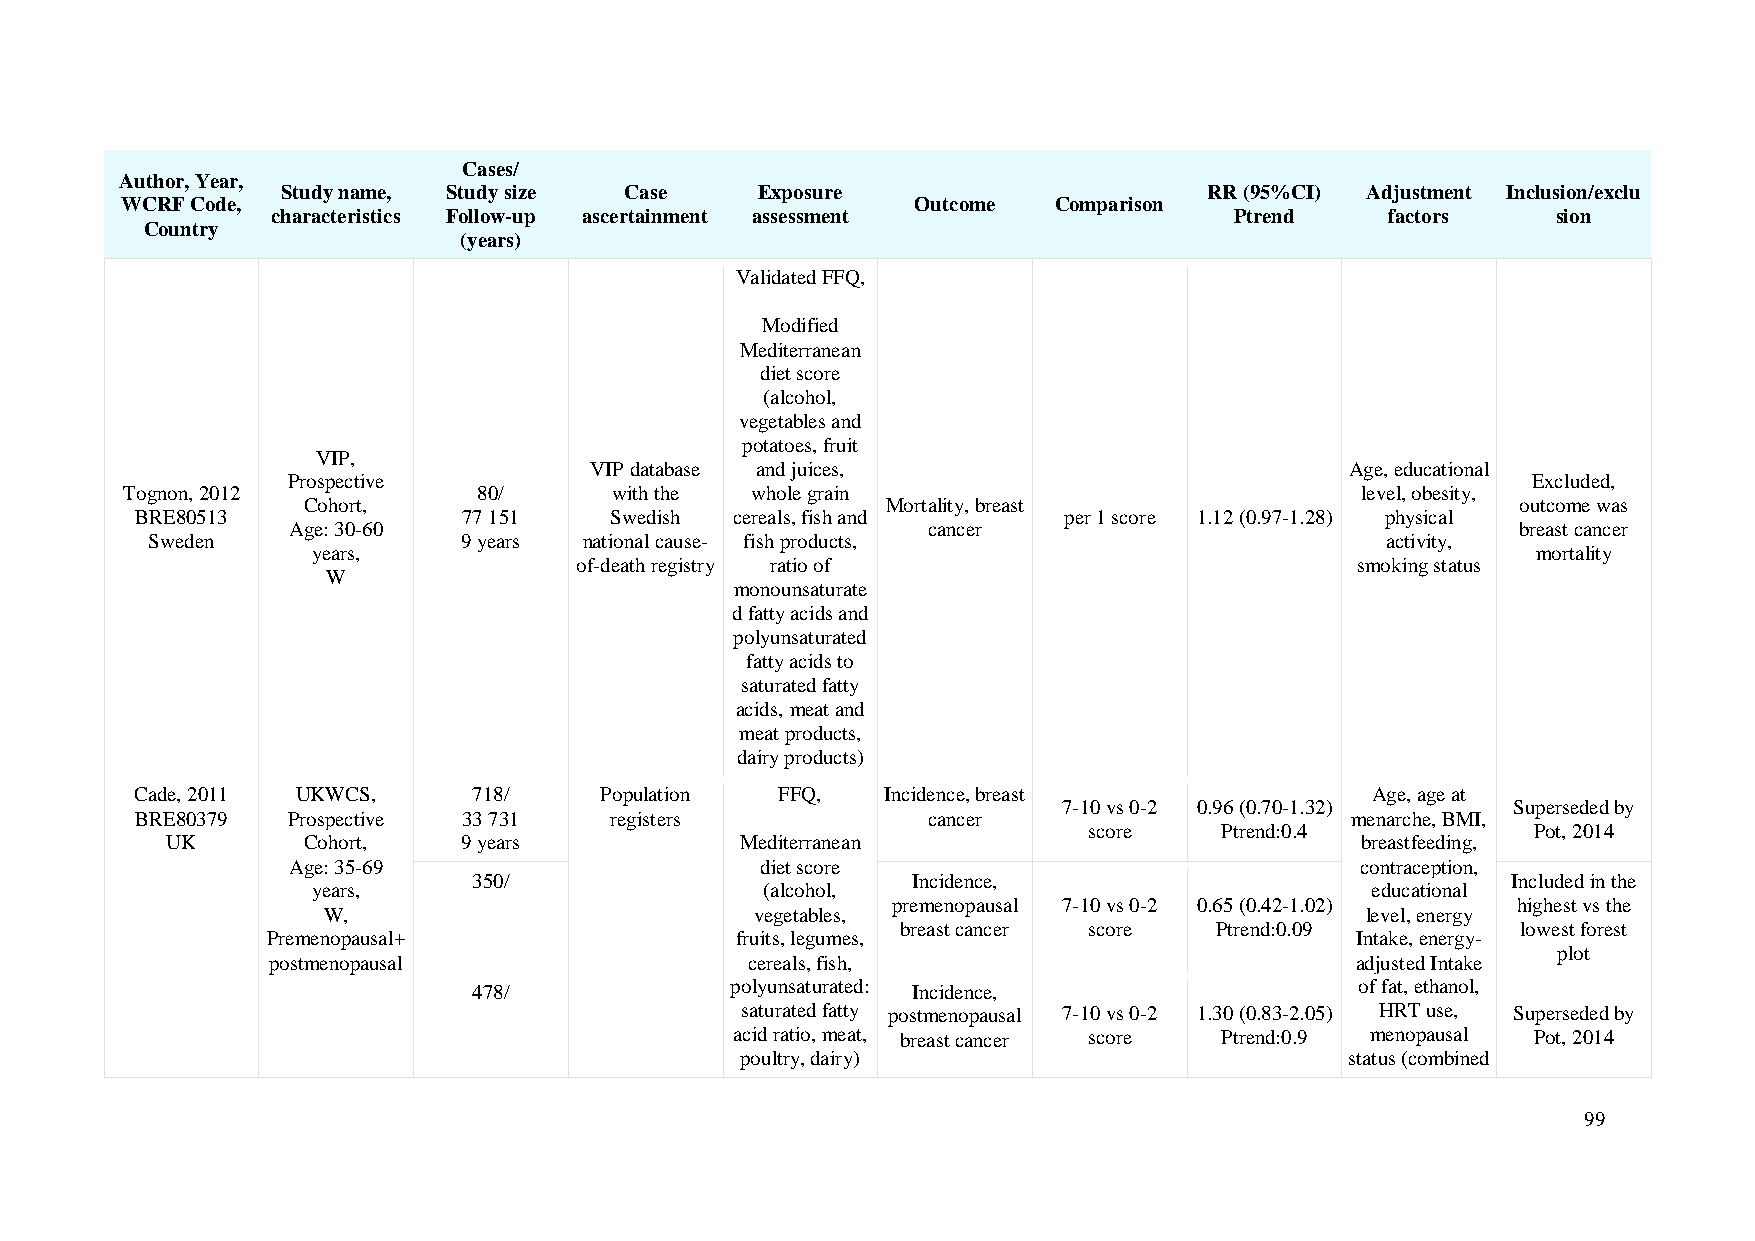
Cases/
 Author, Year,
 Study name, Study size Case    Exposure                      RR (95%CI) Adjustment Inclusion/exclu
 WCRF Code,                                           Outcome  Comparison
 characteristics Follow-up ascertainment assessment              Ptrend    factors    sion
 Country
 (years)
 Validated FFQ,
 Modified
 Mediterranean
 diet score
 (alcohol,
 vegetables and
 potatoes, fruit
 VIP,
 VIP database and juices,                          Age, educational
 Prospective                                                                       Excluded,
 Tognon, 2012            80/     with the  whole grain                             level, obesity,
 Cohort,                                Mortality, breast                         outcome was
 BRE80513              77 151   Swedish  cereals, fish and    per 1 score 1.12 (0.97-1.28) physical
 Age: 30-60                                cancer                                  breast cancer
 Sweden               9 years national cause- fish products,                       activity,
 years,                                                                           mortality
 of-death registry ratio of                          smoking status
 W
 monounsaturate
 d fatty acids and
 polyunsaturated
 fatty acids to
 saturated fatty
 acids, meat and
 meat products,
 dairy products)
 Cade, 2011 UKWCS,     718/     Population  FFQ,   Incidence, breast               Age, age at
 7-10 vs 0-2 0.96 (0.70-1.32)  Superseded by
 BRE80379  Prospective 33 731   registers            cancer                      menarche, BMI,
 score    Ptrend:0.4          Pot, 2014
 UK       Cohort,    9 years           Mediterranean                            breastfeeding,
 Age: 35-69                     diet score                              contraception,
 350/                         Incidence,                              Included in the
 years,                        (alcohol,                               educational
 premenopausal 7-10 vs 0-2 0.65 (0.42-1.02) highest vs the
 W,                           vegetables,                             level, energy
 breast cancer score Ptrend:0.09          lowest forest
 Premenopausal+                 fruits, legumes,                         Intake, energy-
 plot
 postmenopausal                  cereals, fish,                          adjusted Intake
 478/             polyunsaturated: Incidence,               of fat, ethanol,
 saturated fatty postmenopausal 7-10 vs 0-2 1.30 (0.83-2.05) HRT use, Superseded by
 acid ratio, meat, breast cancer score Ptrend:0.9 menopausal Pot, 2014
 poultry, dairy)                         status (combined
 99